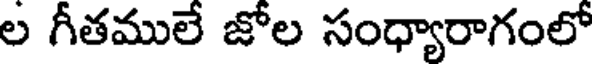
ల గీతములే జోల సంధ్యారాగంలో